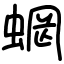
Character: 𧍑